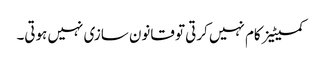
کمیٹیز کام نہیں کرتی تو قانون سازی نہیں ہوتی۔